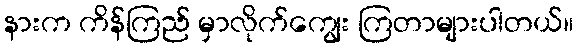
နားက ကိန်ကြည် မှာလိုက်ကျွေး ကြတာများပါတယ်။